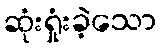
ဆုံးရှုံးခဲ့သော